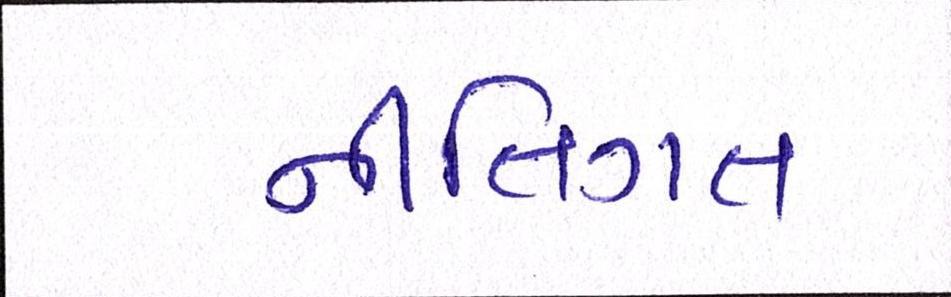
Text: નીતિગત